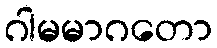
ဂါမမာဂတော